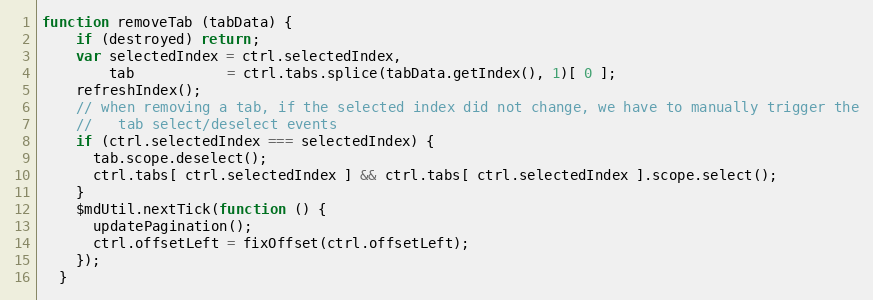
Language: JavaScript
function removeTab (tabData) {
    if (destroyed) return;
    var selectedIndex = ctrl.selectedIndex,
        tab           = ctrl.tabs.splice(tabData.getIndex(), 1)[ 0 ];
    refreshIndex();
    // when removing a tab, if the selected index did not change, we have to manually trigger the
    //   tab select/deselect events
    if (ctrl.selectedIndex === selectedIndex) {
      tab.scope.deselect();
      ctrl.tabs[ ctrl.selectedIndex ] && ctrl.tabs[ ctrl.selectedIndex ].scope.select();
    }
    $mdUtil.nextTick(function () {
      updatePagination();
      ctrl.offsetLeft = fixOffset(ctrl.offsetLeft);
    });
  }